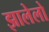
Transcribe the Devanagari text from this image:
झालेलो